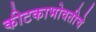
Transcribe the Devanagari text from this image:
कीटकाभोवतीचे